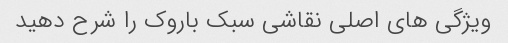
ویژگی های اصلی نقاشی سبک باروک را شرح دهید